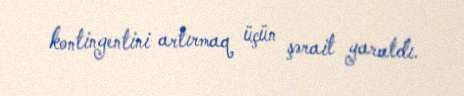
kontingentini artırmaq üçün şərait yaratdı.